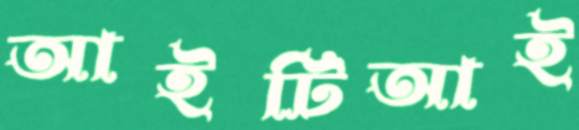
আইটিআই